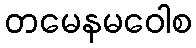
တမေနမဝေါစ